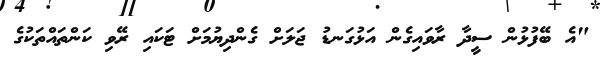
"އެ ބޭފުޅުން ސީދާ ރާވައިގެން އަޅުގަނޑު ޖަލަށް ގެންދިޔުމަށް ޓަކައި ރޭވި ކަންތައްތަކުގެ